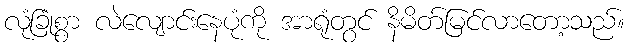
လုံခြုံစွာ လဲလျောင်းနေပုံကို အာရုံတွင် နိမိတ်မြင်လာတော့သည်။